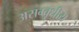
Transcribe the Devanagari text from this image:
असम्वृधीय